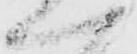
へ